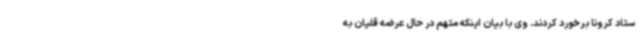
ستاد کرونا برخورد کردند. وی با بیان اینکه متهم در حال عرضه قلیان به